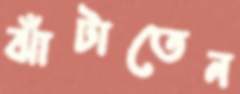
ঝাঁটাতেন